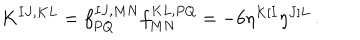
LaTeX: K ^ { I J , K L } = f _ { P Q } ^ { I J , M N } f _ { M N } ^ { K L , P Q } = - 6 \eta ^ { K [ I } \eta ^ { J ] L } \, .